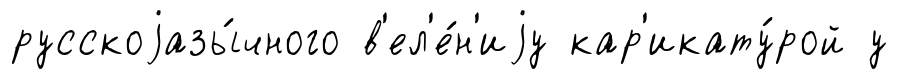
русскоjазы́чного в'ел'е́н'иjу кар'икату́рой у